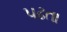
પઢતા